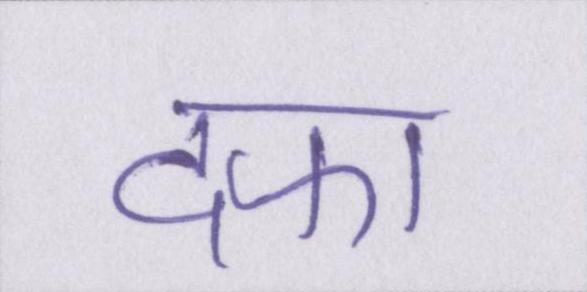
दफा